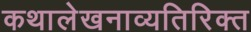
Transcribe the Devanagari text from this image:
कथालेखनाव्यतिरिक्त